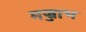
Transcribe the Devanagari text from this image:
मज्जाभ